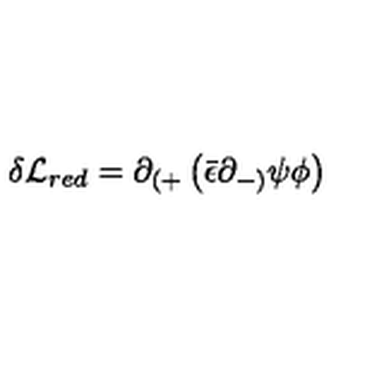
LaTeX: \delta { \cal L } _ { r e d } = \partial _ { ( + } \left( { \bar { \epsilon } } \partial _ { - ) } \psi \phi \right) ~